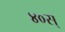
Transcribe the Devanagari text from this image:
४०स्